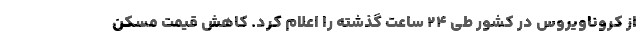
از کروناویروس در کشور طی ۲۴ ساعت گذشته را اعلام کرد. کاهش قیمت مسکن